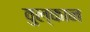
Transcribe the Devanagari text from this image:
वुल्कान